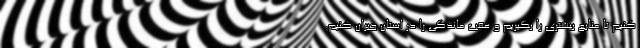
کنیم تا منابع بیشتری را بگیریم و عقب ماندگی را در استان جبران کنیم.